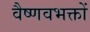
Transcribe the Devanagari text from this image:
वैष्णवभक्तों